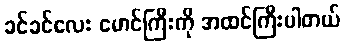
ခင်ခင်လေး မောင်ကြီးကို အထင်ကြီးပါတယ်